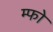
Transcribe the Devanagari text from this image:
म्फो